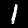
Label: 1